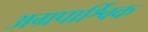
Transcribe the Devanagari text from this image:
अग्रपार्श्विक